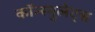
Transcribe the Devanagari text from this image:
कॉन्स्युलेट्स